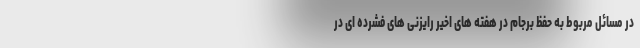
در مسائل مربوط به حفظ برجام در هفته های اخیر رایزنی های فشرده ای در